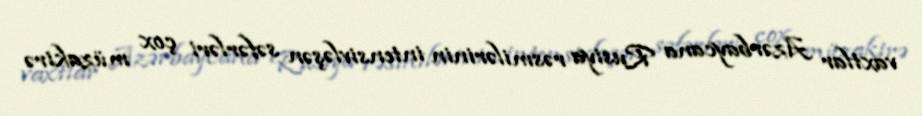
vaxtlar Azərbaycana Rusiya rəsmilərinin intensivləşən səfərləri çox müzakirə